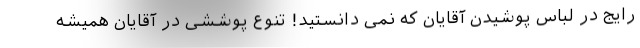
رایج در لباس پوشیدن آقایان که نمی دانستید! تنوع پوششی در آقایان همیشه